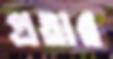
প্রতার